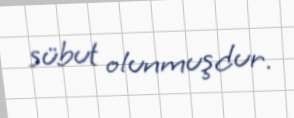
sübut olunmuşdur.